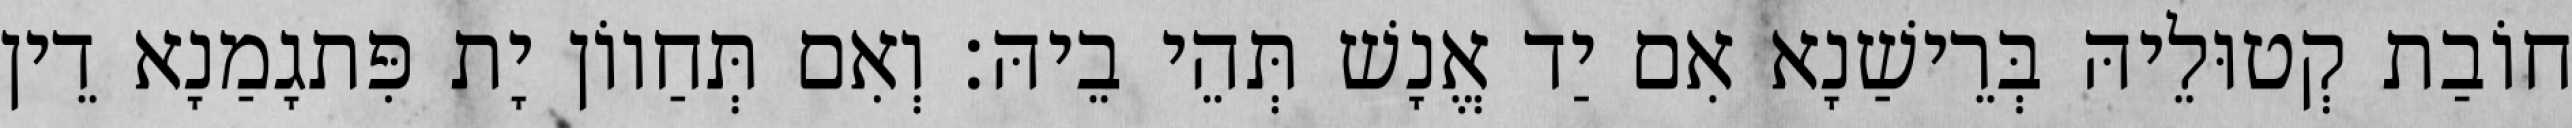
חוֹבַת קְטוּלֵיהּ בְּרֵישַׁנָא אִם יַד אֱנָשׁ תְּהֵי בֵיהּ׃ וְאִם תְּחַווֹן יָת פִּתגָמַנָא דֵין